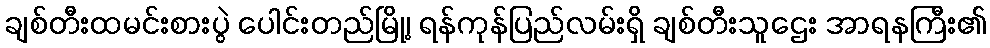
ချစ်တီးထမင်းစားပွဲ ပေါင်းတည်မြို့၊ ရန်ကုန်ပြည်လမ်းရှိ ချစ်တီးသူဌေး အာရနကြီး၏